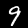
Label: 9